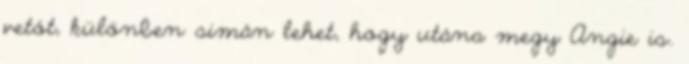
vetót, különben simán lehet, hogy utána megy Angie is.